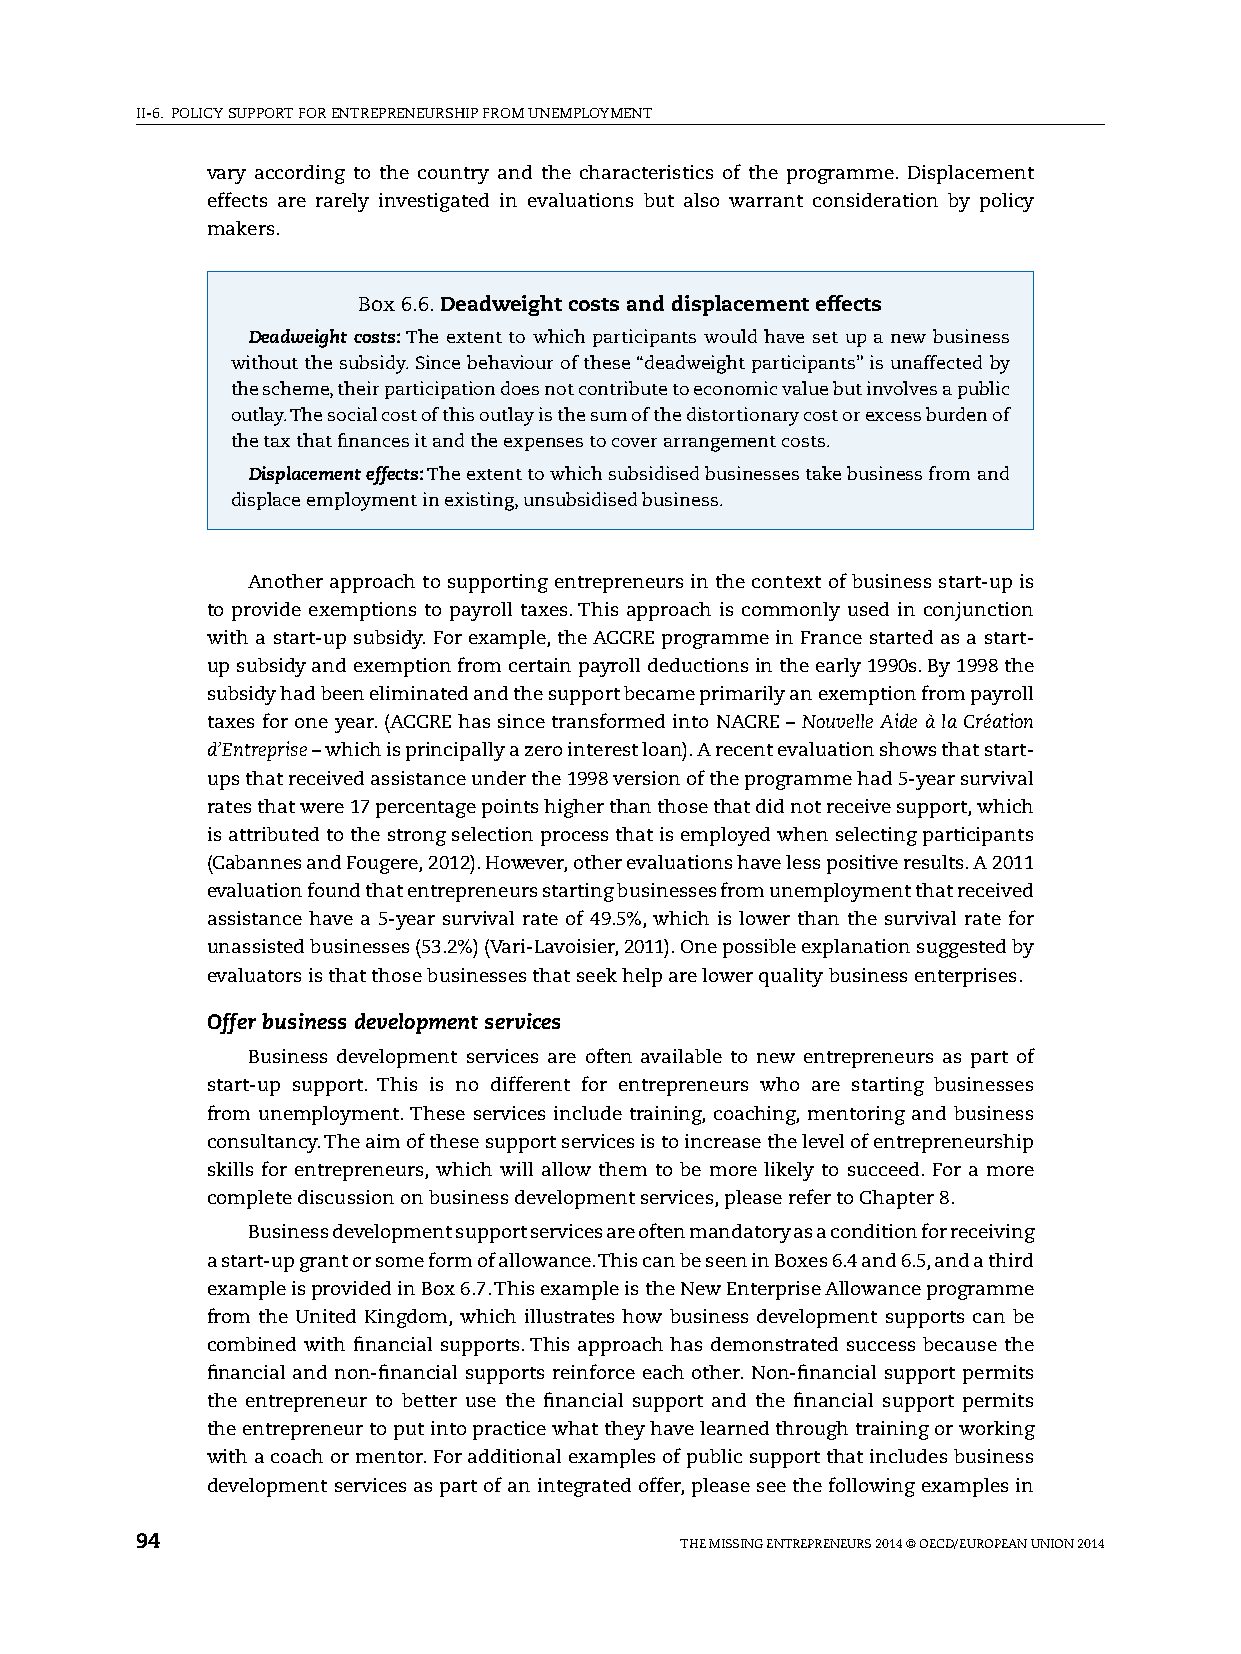
II-6. pOlICy sUppORT FOR ENTREpRENEURshIp FROM UNEMplOyMENT
 vary according to the country and the characteristics of the programme. Displacement
 effects are rarely investigated in evaluations but also warrant consideration by policy
 makers.
 Box 6.6. Deadweight costs and displacement effects
 Deadweight costs: The extent to which participants would have set up a new business
 without the subsidy. since behaviour of these “deadweight participants” is unaffected by
 the scheme, their participation does not contribute to economic value but involves a public
 outlay. The social cost of this outlay is the sum of the distortionary cost or excess burden of
 the tax that finances it and the expenses to cover arrangement costs.
 Displacement effects: The extent to which subsidised businesses take business from and
 displace employment in existing, unsubsidised business.
 Another approach to supporting entrepreneurs in the context of business start-up is
 to provide exemptions to payroll taxes. This approach is commonly used in conjunction
 with a start-up subsidy. For example, the ACCRE programme in France started as a start-
 up subsidy and exemption from certain payroll deductions in the early 1990s. By 1998 the
 subsidy had been eliminated and the support became primarily an exemption from payroll
 taxes for one year. (ACCRE has since transformed into NACRE – Nouvelle Aide à la Création
 d’Entreprise – which is principally a zero interest loan). A recent evaluation shows that start-
 ups that received assistance under the 1998 version of the programme had 5-year survival
 rates that were 17 percentage points higher than those that did not receive support, which
 is attributed to the strong selection process that is employed when selecting participants
 (Cabannes and Fougere, 2012). however, other evaluations have less positive results. A 2011
 evaluation found that entrepreneurs starting businesses from unemployment that received
 assistance have a 5-year survival rate of 49.5%, which is lower than the survival rate for
 unassisted businesses (53.2%) (vari-lavoisier, 2011). One possible explanation suggested by
 evaluators is that those businesses that seek help are lower quality business enterprises.
 Offer business development services
 Business development services are often available to new entrepreneurs as part of
 start-up support. This is no different for entrepreneurs who are starting businesses
 from unemployment. These services include training, coaching, mentoring and business
 consultancy. The aim of these support services is to increase the level of entrepreneurship
 skills for entrepreneurs, which will allow them to be more likely to succeed. For a more
 complete discussion on business development services, please refer to Chapter 8.
 Business development support services are often mandatory as a condition for receiving
 a start-up grant or some form of allowance. This can be seen in Boxes 6.4 and 6.5, and a third
 example is provided in Box 6.7. This example is the New Enterprise Allowance programme
 from the United Kingdom, which illustrates how business development supports can be
 combined with financial supports. This approach has demonstrated success because the
 financial and non-financial supports reinforce each other. Non-financial support permits
 the entrepreneur to better use the financial support and the financial support permits
 the entrepreneur to put into practice what they have learned through training or working
 with a coach or mentor. For additional examples of public support that includes business
 development services as part of an integrated offer, please see the following examples in
 94                                  ThE MIssING ENTREpRENEURs 2014 © OECD/EUROpEAN UNION 2014